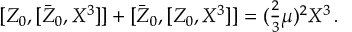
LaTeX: { \cal M } = \left( \begin{array} { c c } { { m _ { u } } } & { { 0 } } \\ { { 0 } } & { { m _ { d } } } \end{array} \right) ,